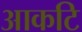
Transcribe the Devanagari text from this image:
आकटि